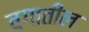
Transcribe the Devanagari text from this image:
वगातील